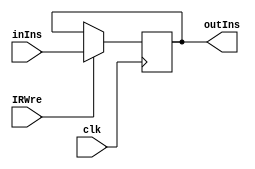
//?
`timescale 1ns / 1ps
// IR
module IR(inIns, clk, IRWre, outIns);
  input clk, IRWre;
  input [31:0] inIns;
  output reg[31:0] outIns;
  always @(posedge clk) begin 
    if (IRWre) begin
        outIns = inIns;
     end
  end
endmodule